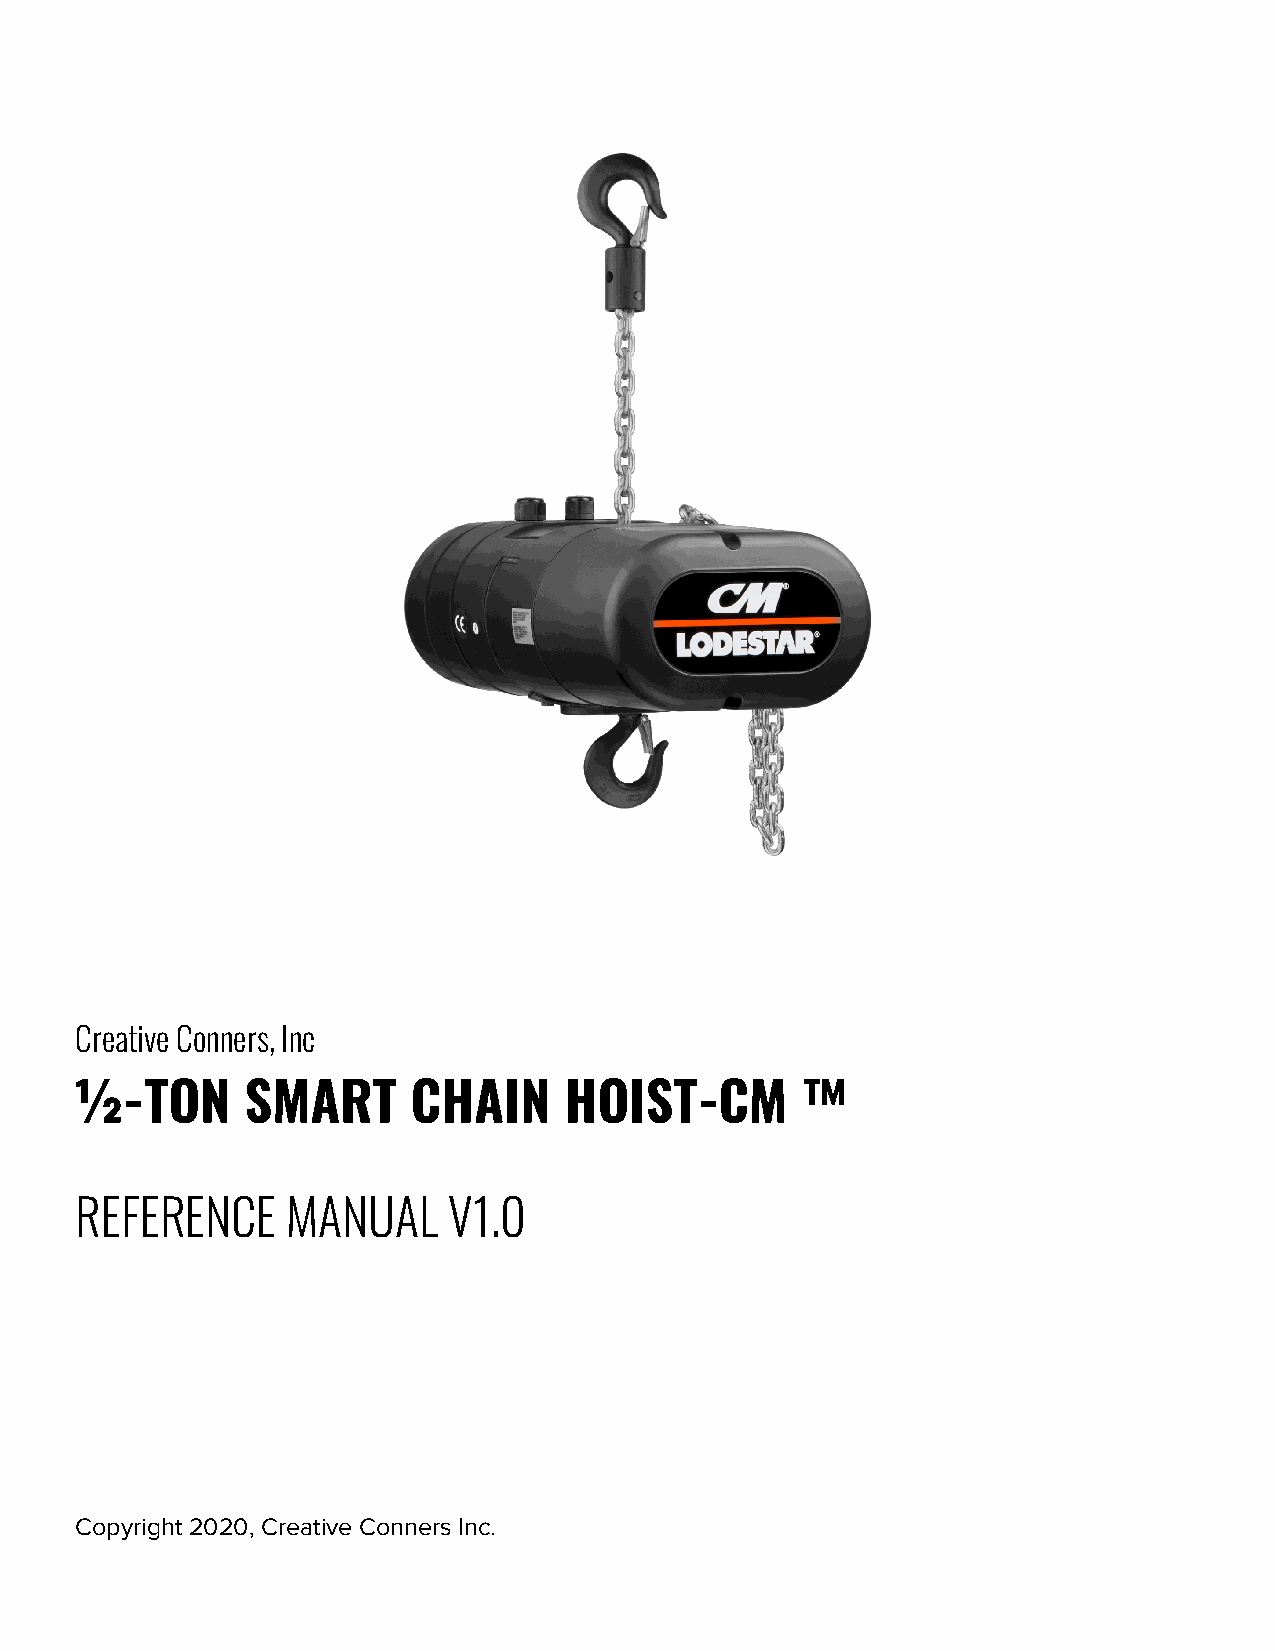
Creative Conners, Inc
 ½-TON      SMART      CHAIN     HOIST-CM        ™
 REFERENCE     MANUAL     V1.0
 Copyright 2020, Creative Conners Inc.